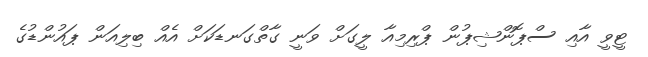
ޓީވީ އާއި ސްޕޮންޝިޕުން ޕްރިމިއާ ލީގަށް ވަނީ ގާތްގަނޑަކަށް އެއް ބިލިއަން ޕައުންޑުގެ